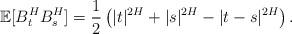
LaTeX: \begin{align*}\mathbb{E}[B_t^H B_s^H]= \frac{1}{2} \left(|t|^{2H} + |s|^{2H} -|t-s|^{2H} \right).\end{align*}